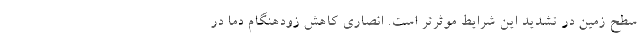
سطح زمین در تشدید این شرایط موثرتر است. انصاری کاهش زودهنگام دما در